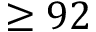
\ge 9 2